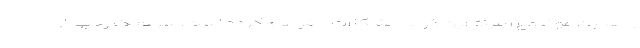
و همین موضوع زمینه این گونه مشکلات را فراهم کرده است. سرهنگ رجبی از